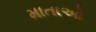
માતાઓ